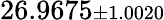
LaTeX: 26.9675{\scriptstyle\pm 1.0020}